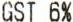
GST 6%